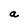
Character: a